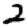
Digit: 2